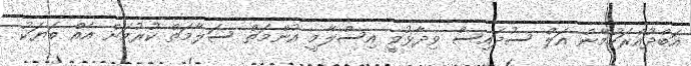
އަބްދުއްރަހުމާން އަލް ސުދައިސް ވިދާޅުވީ އިސްލާމީ އުންމަތް ސަލާމަތް ކުރުމަށް އެއް ބަޔަކު